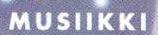
MUSIIKKI